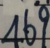
4 6 9